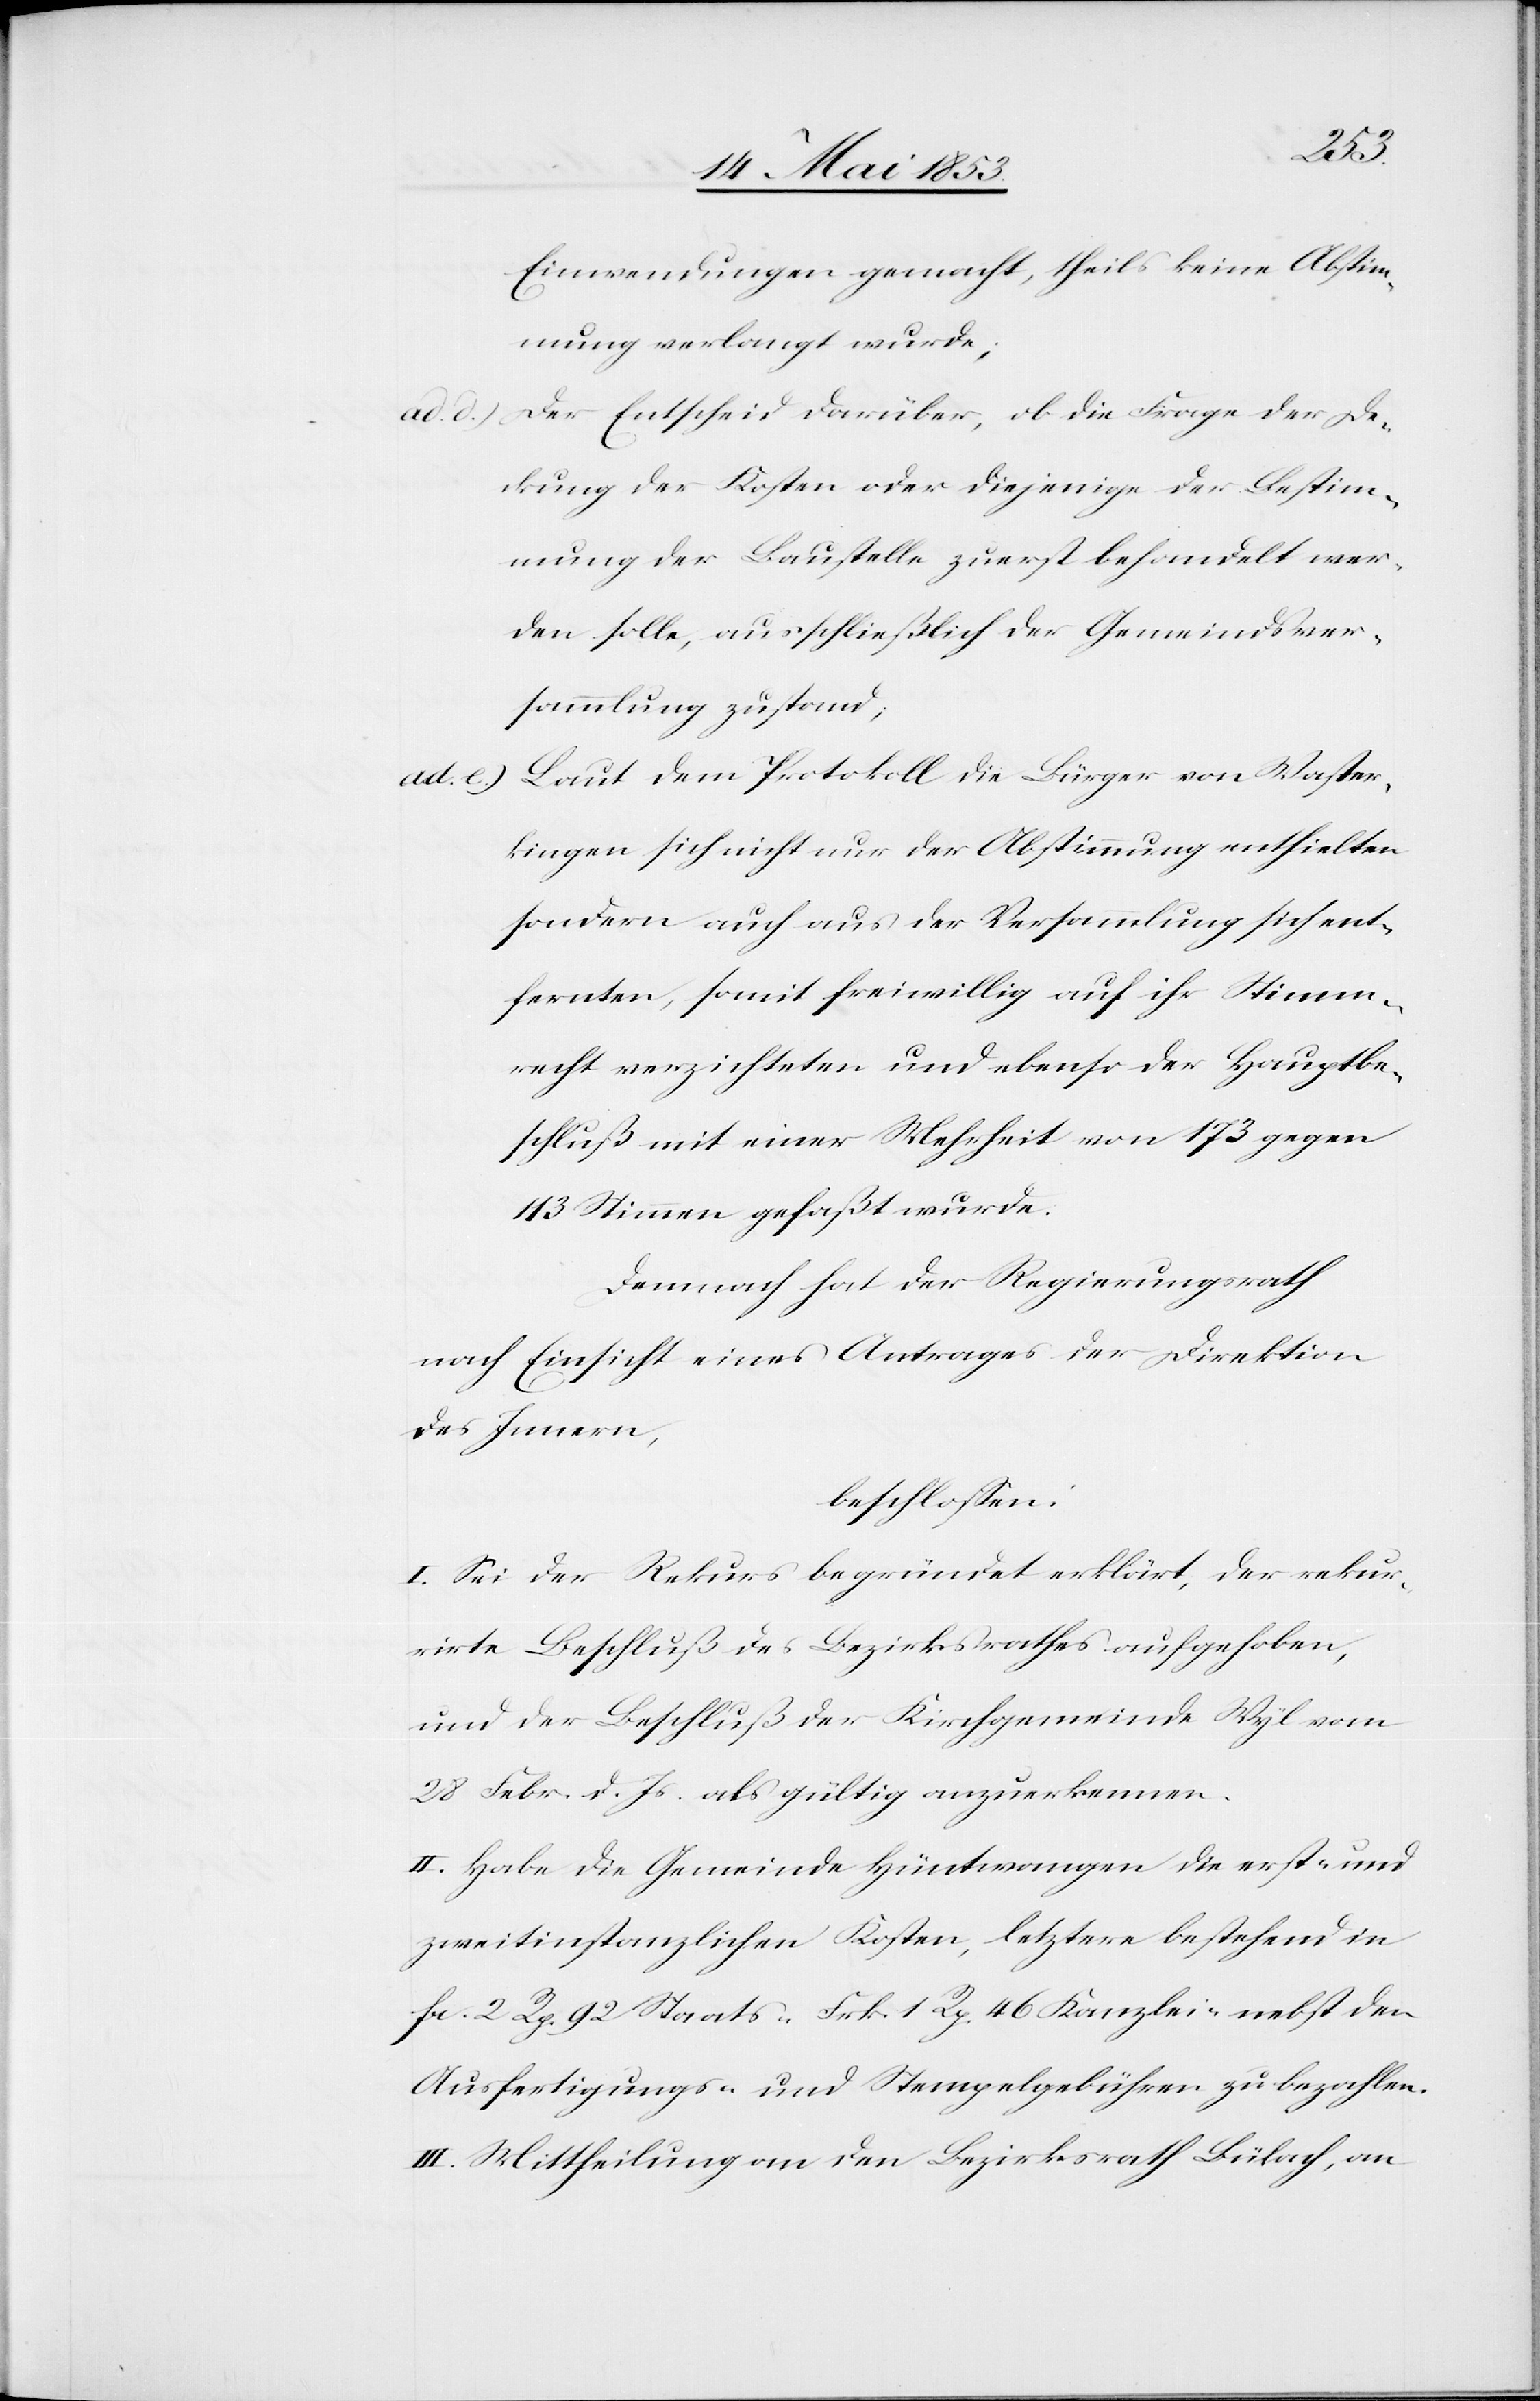
Einwendungen gemacht, theils keine Abstim¬
mung verlangt wurde;
Der Entscheid darüber, ob die Frage der De¬
ad e.)
ckung der Kosten oder diejenige der Bestim¬
mung der Baustelle zuerst behandelt wer¬
den solle, ausschließlich der Gemeindsver¬
sammlung zustand;
Laut dem Protokoll die Bürger von Waster¬
kingen sich nicht nur der Abstimmung enthielten
sondern auch aus der Versammlung sich ent¬
fernten, somit freiwillig auf ihr Stimm¬
recht verzichteten und ebenso der Hauptbe¬
schluß mit einer Mehrheit von 173 gegen
113 Stimmen gefaßt wurde.
Demnach hat der Regierungsrath
nach Einsicht eines Antrages der Direktion
des Innern
beschloßen:
I. Sei der Rekurs begründet erklärt, der rekur¬
rirte Beschluß des Bezirksrathes aufgehoben,
und der Beschluß der Kirchgemeinde Wyl vom
28 Febr. d. Js. als gültig anzuerkennen.
II. Habe die Gemeinde Hüntwangen die erst- und
zweitinstanzlichen Kosten, letztere bestehend in
fr. 2. Rp 92 Staats- Frk. 1 Rp. 46 Kanzlei- nebst den
Ausfertigungs- u. Stempelgebühren zu bezahlen.
III. Mittheilung an den Bezirksrath Bülach, an